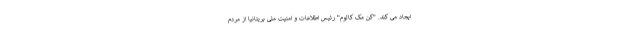
ایجاد می کند. "کن مک کالوم" رئیس اطلاعات و امنیت ملی بریتانیا از مردم